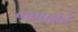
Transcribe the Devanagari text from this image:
व्यापारीने